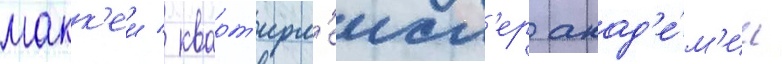
макк'еи / кварт'ирм'еист'ер акад'е́м'ии